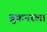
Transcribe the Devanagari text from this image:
ब्रुकनरला